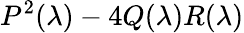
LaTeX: P^{2}(\lambda)-4Q(\lambda)R(\lambda)